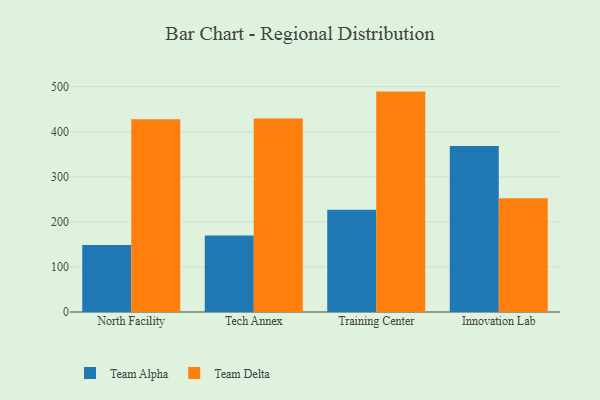
{"axis": {"x": "Campus", "y": "Energy Usage (MWh)"}, "legend": ["Team Alpha", "Team Delta"], "data": [{"x": "North Facility", "y": 148.8, "type": "Team Alpha"}, {"x": "North Facility", "y": 427.9, "type": "Team Delta"}, {"x": "Tech Annex", "y": 169.8, "type": "Team Alpha"}, {"x": "Tech Annex", "y": 429.1, "type": "Team Delta"}, {"x": "Training Center", "y": 226.7, "type": "Team Alpha"}, {"x": "Training Center", "y": 489.0, "type": "Team Delta"}, {"x": "Innovation Lab", "y": 368.2, "type": "Team Alpha"}, {"x": "Innovation Lab", "y": 252.6, "type": "Team Delta"}]}